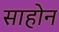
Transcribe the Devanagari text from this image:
साहोन